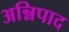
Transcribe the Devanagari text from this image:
अन्निपाद